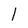
Character: 1